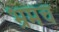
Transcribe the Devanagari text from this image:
भ्रमच